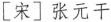
[宋]张元干